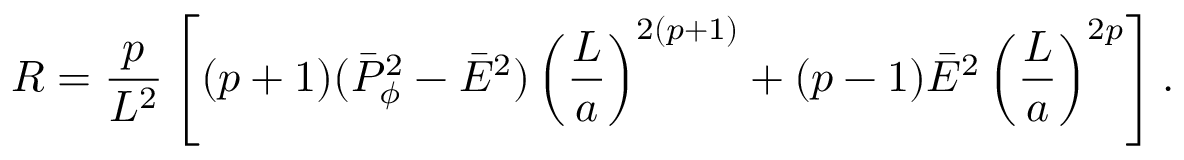
{ \cal R } = { \frac { p } { L ^ { 2 } } } \left[ ( p + 1 ) ( \bar { P } _ { \phi } ^ { 2 } - \bar { E } ^ { 2 } ) \left( { \frac { L } { a } } \right) ^ { 2 ( p + 1 ) } + ( p - 1 ) \bar { E } ^ { 2 } \left( { \frac { L } { a } } \right) ^ { 2 p } \right] .